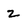
Character: z